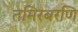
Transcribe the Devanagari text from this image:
तमिरबरणि